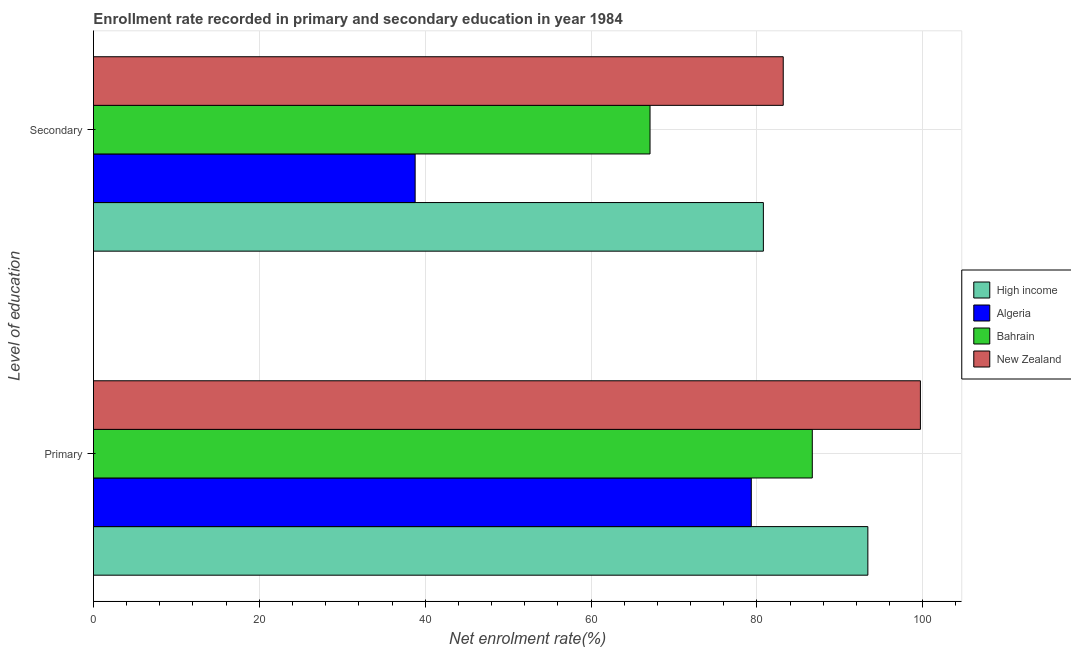
| Level of education | High income | Algeria | Bahrain | New Zealand |
 | --- | --- | --- | --- | --- |
 | Primary | 93.4 | 79.3 | 86.7 | 99.7 |
 | Secondary | 80.8 | 38.8 | 67.1 | 83.2 |